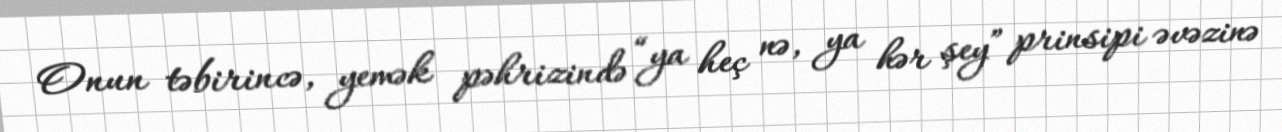
Onun təbirincə, yemək pəhrizində “ya heç nə, ya hər şey” prinsipi əvəzinə